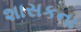
શાસકના